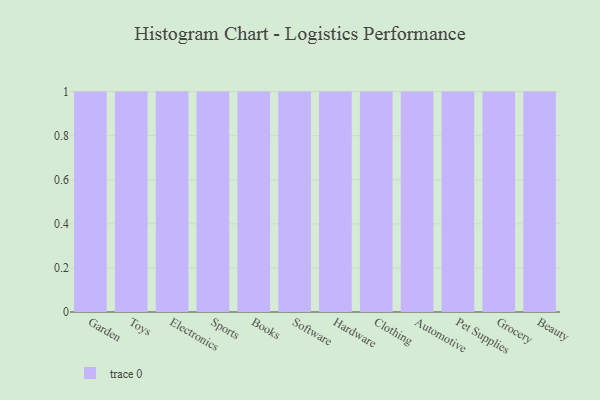
{"axis": {"x": "Category", "y": "Inventory Turnover"}, "legend": [""], "data": [{"x": "Garden", "y": 98, "type": ""}, {"x": "Toys", "y": 68, "type": ""}, {"x": "Electronics", "y": 56, "type": ""}, {"x": "Sports", "y": 54, "type": ""}, {"x": "Books", "y": 84, "type": ""}, {"x": "Software", "y": 2, "type": ""}, {"x": "Hardware", "y": 38, "type": ""}, {"x": "Clothing", "y": 96, "type": ""}, {"x": "Automotive", "y": 82, "type": ""}, {"x": "Pet Supplies", "y": 69, "type": ""}, {"x": "Grocery", "y": 1, "type": ""}, {"x": "Beauty", "y": 44, "type": ""}]}